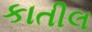
કાતીલ